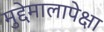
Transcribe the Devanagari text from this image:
मुद्देमालापेक्षा